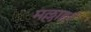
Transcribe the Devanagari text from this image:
मल्लाहर